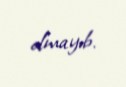
olmayıb.